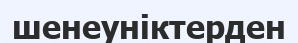
шенеуніктерден